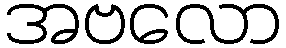
အဗလော